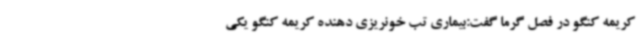
کریمه کنگو در فصل گرما گفت:بیماری تب خونریزی دهنده کریمه کنگو یکی